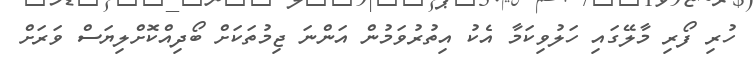
ހުރި ފޯރި މާލޭގައި ހަލުވިކަމާ އެކު އިތުރުވަމުން އަންނަ ޖިމުތަކަށް ބޯދިއްކޮށްލިޔަސް ވަރަށް